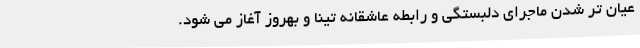
عیان تر شدن ماجرای دلبستگی و رابطه عاشقانه تینا و بهروز آغاز می شود.